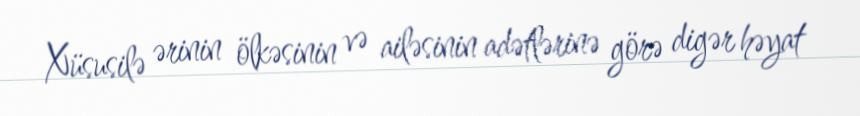
Xüsusilə ərinin ölkəsinin və ailəsinin adətlərinə görə digər həyat